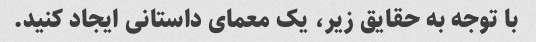
با توجه به حقایق زیر، یک معمای داستانی ایجاد کنید.